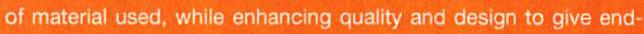
of material used, while enhancing quality and design to give end-